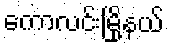
ကောလင်းမြို့နယ်